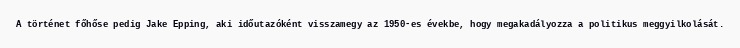
A történet főhőse pedig Jake Epping, aki időutazóként visszamegy az 1950-es évekbe, hogy megakadályozza a politikus meggyilkolását.